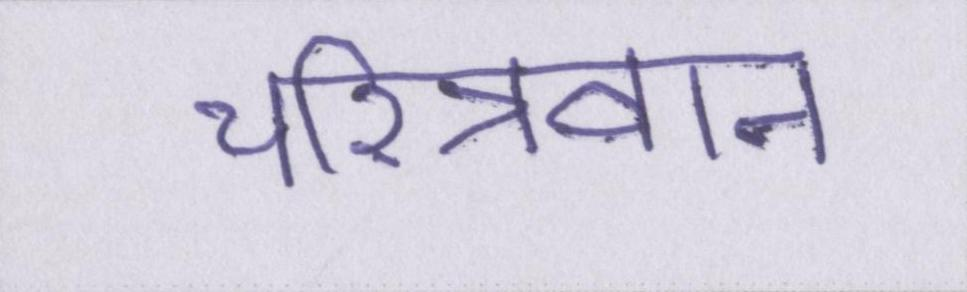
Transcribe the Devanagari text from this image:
चरित्रवान